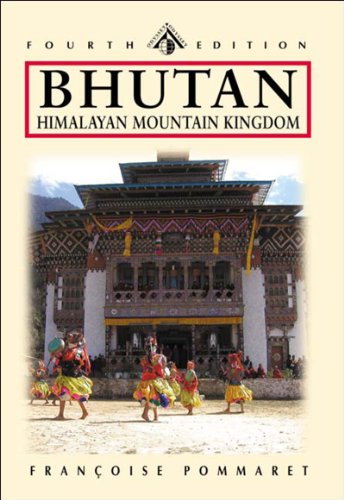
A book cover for Bhutan: Himalayan Mountain Kingdom, Fourth Edition (Odyssey Illustrated Guide); Francoise Pommaret; Travel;